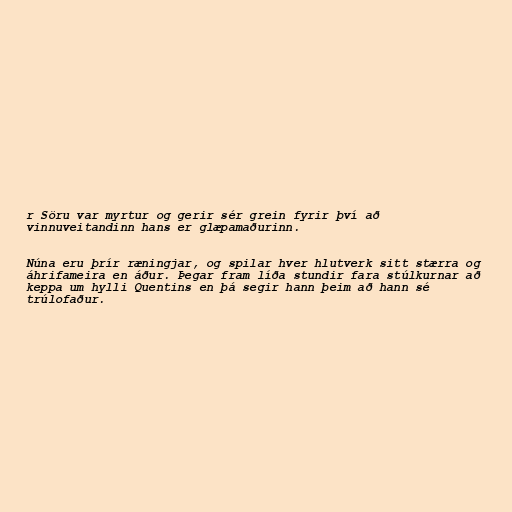
r Söru var myrtur og gerir sér grein fyrir því að
vinnuveitandinn hans er glæpamaðurinn.

Núna eru þrír ræningjar, og spilar hver hlutverk sitt stærra og
áhrifameira en áður. Þegar fram líða stundir fara stúlkurnar að
keppa um hylli Quentins en þá segir hann þeim að hann sé
trúlofaður.